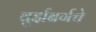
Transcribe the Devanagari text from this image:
वुर्झबर्गचे